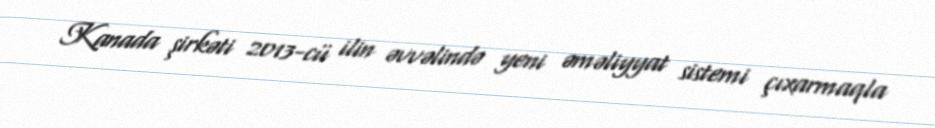
Kanada şirkəti 2013-cü ilin əvvəlində yeni əməliyyat sistemi çıxarmaqla